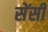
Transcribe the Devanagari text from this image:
सेंसी